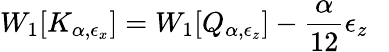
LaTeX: W_{1}[K_{\alpha,\epsilon_{x}}]=W_{1}[Q_{\alpha,\epsilon_{z}}]-{\frac{\alpha}{12}}\epsilon_{z}~~~